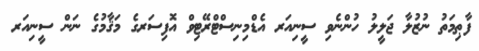
ފާޠިމަތު ނުޒުލާ ޖަލީލު ހުންނެވި ސީނިއަރ އެޑްމިނިސްޓްރޭޓިވް އޮފިސަރގެ މަޤާމުގެ ނަން ސީނިއަރ